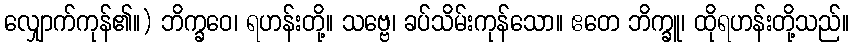
လျှောက်ကုန်၏။) ဘိက္ခဝေ၊ ရဟန်းတို့။ သဗ္ဗေ၊ ခပ်သိမ်းကုန်သော။ ဧတေ ဘိက္ခူ၊ ထိုရဟန်းတို့သည်။